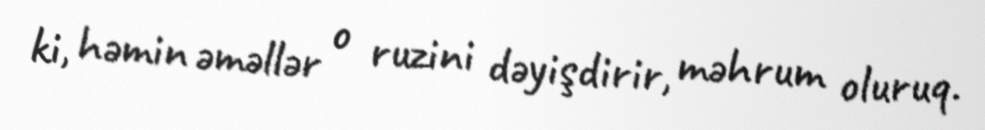
ki, həmin əməllər o ruzini dəyişdirir, məhrum oluruq.